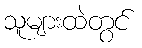
သူများထဲတွင်